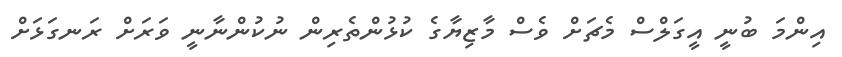
އިންމަ ބުނީ އީގަލްސް މެޗަށް ވެސް މާޒިޔާގެ ކުޅުންތެރިން ނުކުންނާނީ ވަރަށް ރަނގަޅަށް